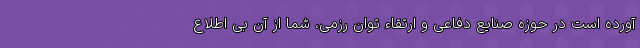
آورده است در حوزه صنایع دفاعی و ارتقاء توان رزمی، شما از آن بی اطلاع